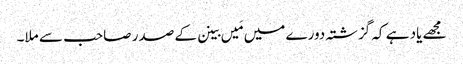
مجھے یاد ہے کہ گزشتہ دورے میں مَیں بینن کے صدر صاحب سے ملا۔